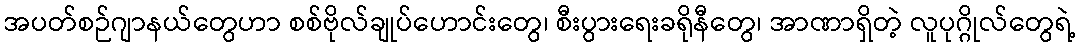
အပတ်စဉ်ဂျာနယ်တွေဟာ စစ်ဗိုလ်ချုပ်ဟောင်းတွေ၊ စီးပွားရေးခရိုနီတွေ၊ အာဏာရှိတဲ့ လူပုဂ္ဂိုလ်တွေရဲ့